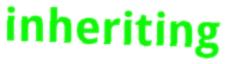
inheriting